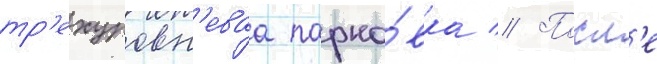
тр'ехуровн'еваа парко́вка // Посл'е